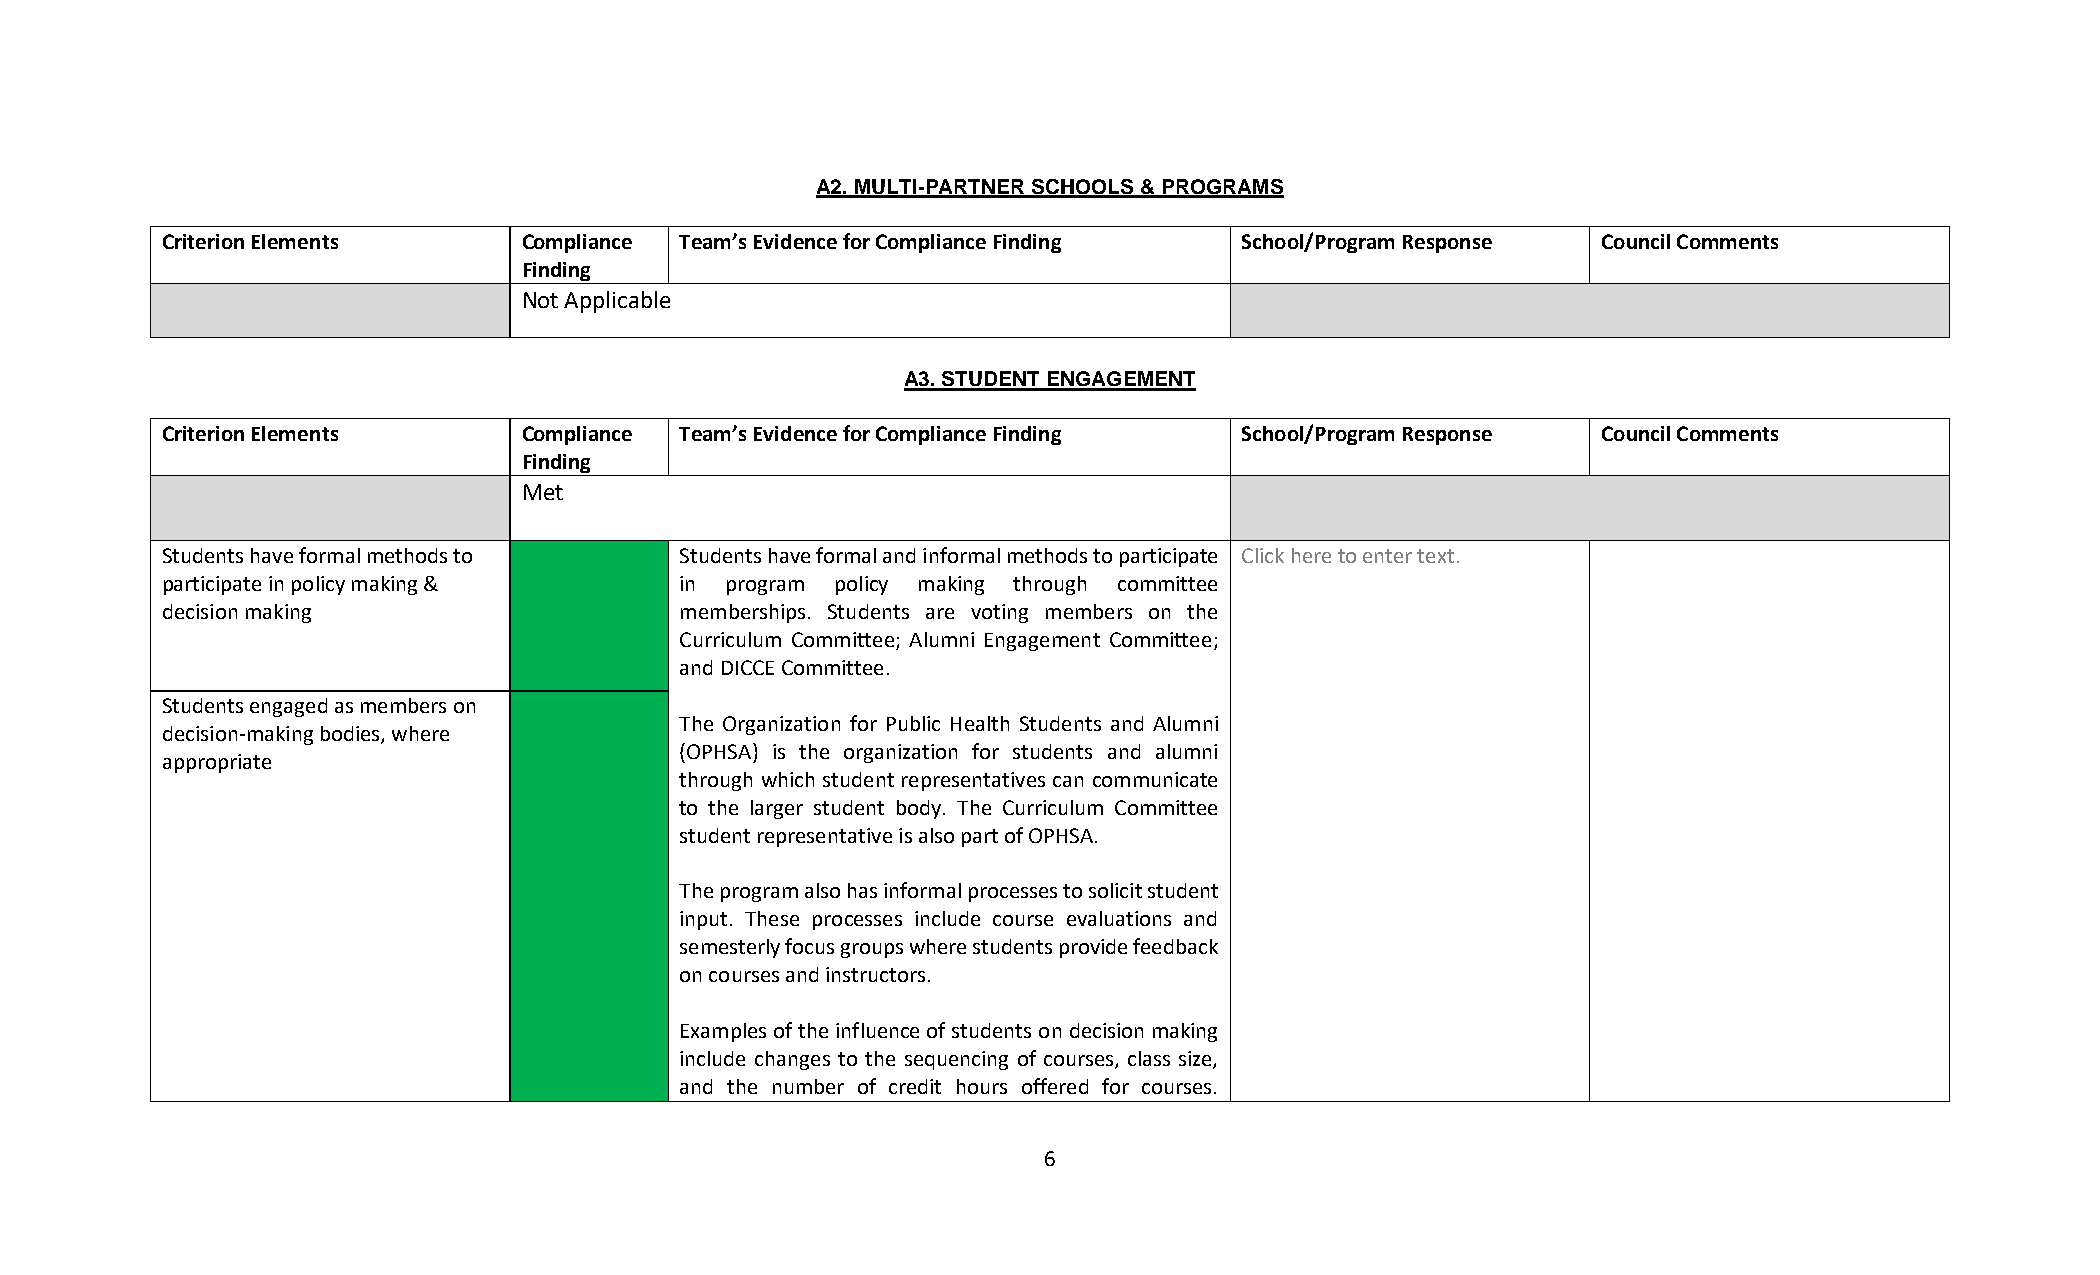
A2. MULTI-PARTNER SCHOOLS & PROGRAMS
 Criterion Elements      Compliance Team’s Evidence for Compliance Finding School/Program Response Council Comments
 Finding
 Not Applicable
 A3. STUDENT ENGAGEMENT
 Criterion Elements      Compliance Team’s Evidence for Compliance Finding School/Program Response Council Comments
 Finding
 Met
 Students have formal methods to   Students have formal and informal methods to participate Click here to enter text.
 participate in policy making &    in program policy making through committee
 decision making                   memberships. Students are voting members on the
 Curriculum Committee; Alumni Engagement Committee;
 and DICCE Committee.
 Students engaged as members on
 The Organization for Public Health Students and Alumni
 decision-making bodies, where
 (OPHSA) is the organization for students and alumni
 appropriate
 through which student representatives can communicate
 to the larger student body. The Curriculum Committee
 student representative is also part of OPHSA.
 The program also has informal processes to solicit student
 input. These processes include course evaluations and
 semesterly focus groups where students provide feedback
 on courses and instructors.
 Examples of the influence of students on decision making
 include changes to the sequencing of courses, class size,
 and the number of credit hours offered for courses.
 6